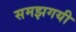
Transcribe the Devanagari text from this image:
समझगयी